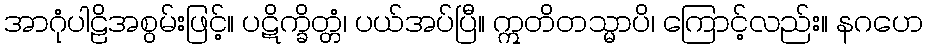
အာဂုံပါဠိအစွမ်းဖြင့်။ ပဋိက္ခိတ္တံ၊ ပယ်အပ်ပြီ။ ဣတိတသ္မာပိ၊ ကြောင့်လည်း။ နဂဟေ